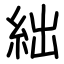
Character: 絀